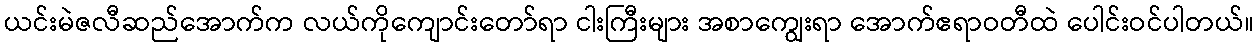
ယင်းမဲဇလီဆည်အောက်က လယ်ကိုကျောင်းတော်ရာ ငါးကြီးများ အစာကျွေးရာ အောက်ဧရာဝတီထဲ ပေါင်းဝင်ပါတယ်။